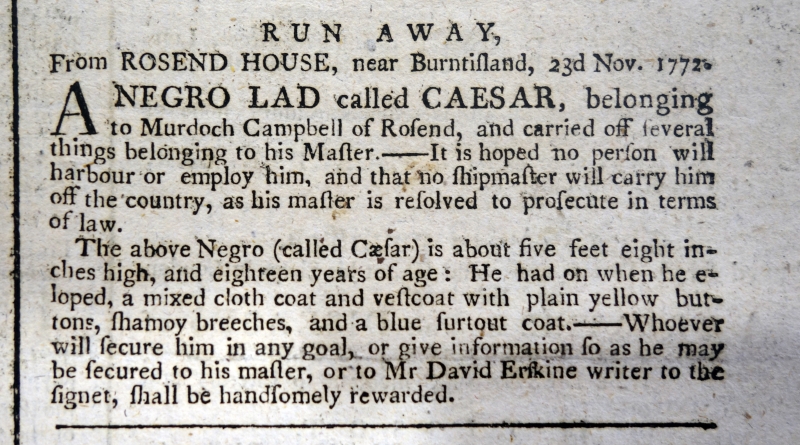
Edinburgh Evening Courant, 28 November 1772 (Scotland)
                        R U N  A W A Y,From ROSEND HOUSE, near Burntisland, 23d Nov. 1772.A NEGRO LAD called CAESAR, belonging to Murdoch Campbell of Rosend, and carried off several things belonging to his Master.– It is hoped no person will harbour or employ him, and that no shipmaster will carry him off the country, as his master is resolved to prosecute in terms of law.  The above Negro (called Cæser) is about five feet eight inches high, and eighteen years of age: He had one when he eloped, a mixed cloth coat and vestcoat with plain yellow buttons, shamoy breeches, and a blue surtout coat. - Whoever will secure him in any goal, or give information so as he may be secured to his master, or to Mr David Erskine writer to the signet, shall be handsomely rewarded.